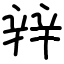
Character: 辡